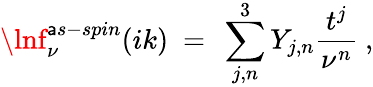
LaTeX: \lnf_{\nu}^{\mathsf{a}s-spin}(ik)\ =\ \sum_{j,n}^{3}Y_{j,n}\frac{{t^{j}}}{{\nu^{n}}}\ ,